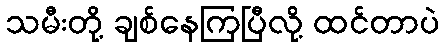
သမီးတို့ ချစ်နေကြပြီလို့ ထင်တာပဲ